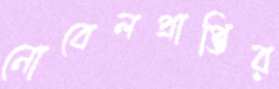
নোবেলপ্রাপ্তির